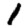
Digit: 1